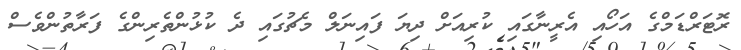
ރޮޓަރްޑަމްގެ އަހޯއި އެރީނާގައި ކުރިއަށް ދިޔަ ފައިނަލް މެޗުގައި ދެ ކުޅުންތެރިންގެ ފަރާތުންވެސް